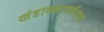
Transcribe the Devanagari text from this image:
खंडाळ्यापर्यंतचा